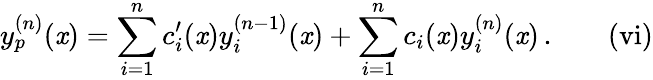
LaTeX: y_{p}^{(n)}(\mathit{x})=\sum_{i=1}^{n}c_{i}^{\prime}(\mathit{x})y_{i}^{(n-1)}(\mathit{x})+\sum_{i=1}^{n}c_{i}(\mathit{x})y_{i}^{(n)}(\mathit{x})\, \mathrm{{.}}\quad\quad\mathrm{{{(vi)}}}